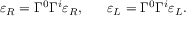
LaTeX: \varepsilon _ { R } = \Gamma ^ { 0 } \Gamma ^ { i } \varepsilon _ { R } , \ \ \ \ \ \varepsilon _ { L } = \Gamma ^ { 0 } \Gamma ^ { i } \varepsilon _ { L } .